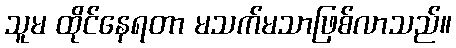
သူမ ထိုင်နေရတာ မသက်မသာဖြစ်လာသည်။